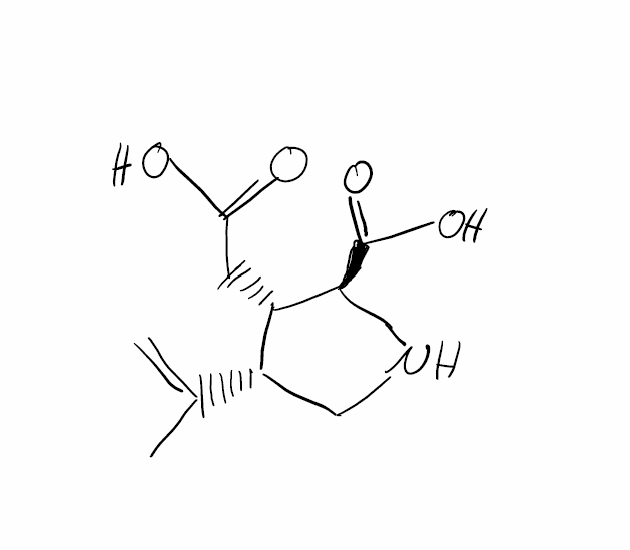
Simplified molecular-input line-entry system (SMILES) notation of the given molecule:
CC(=C)[C@H]1CN[C@@H]([C@H]1CC(=O)O)C(=O)O